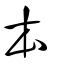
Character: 本